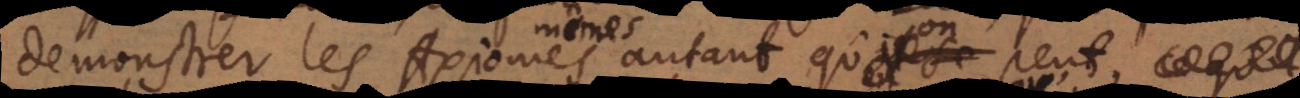
demonstrer les Axiomes autant qu’on peut,